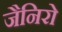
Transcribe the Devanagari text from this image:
जैनिरो